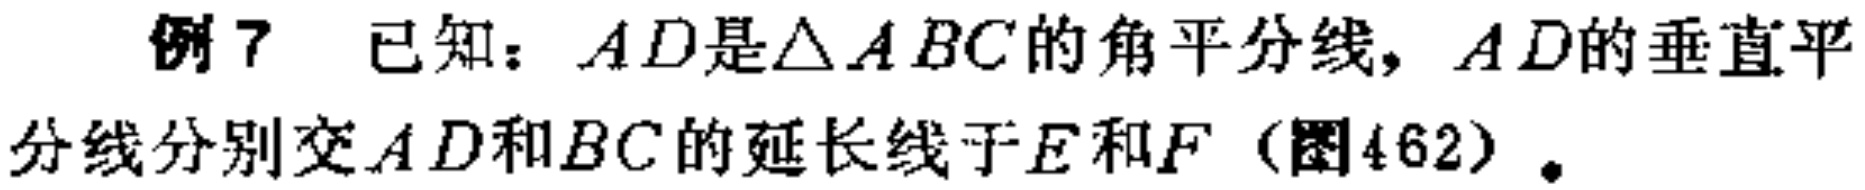
例7 已知：\(AD\)是\(\triangle ABC\)的角平分线，\(AD\)的垂直平分线分别交\(AD\)和\(BC\)的延长线于\(E\)和\(F\)（图462）.